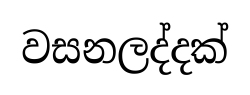
වසනලද්දක්